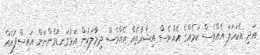
އަދި އެކަހަލަ އެއްވެސް ކަމެއްގެ އެއްވެސް އިޝާރާތެއް އެއްވެސް ދިމާލަކުން އަޅުގަނޑުމެންނަށް އައިސްފައެއް